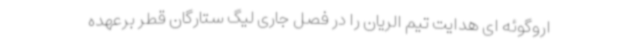
اروگوئه ای هدایت تیم الریان را در فصل جاری لیگ ستارگان قطر برعهده